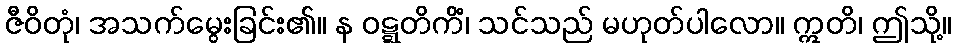
ဇီဝိတုံ၊ အသက်မွေးခြင်း၏။ န ဝဋ္ဋတိကိံ၊ သင်သည် မဟုတ်ပါလော။ ဣတိ၊ ဤသို့။